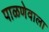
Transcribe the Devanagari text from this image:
पाळणेवाला